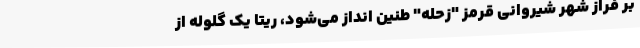
بر فراز شهر شیروانی قرمز "زحله" طنین انداز می‌شود، ریتا یک گلوله از